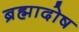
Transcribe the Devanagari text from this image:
ब्रह्मादोष